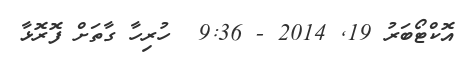
އޮކްޓޯބަރު 19